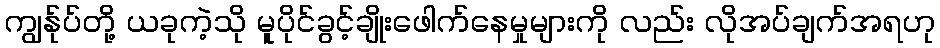
ကျွန်ုပ်တို့ ယခုကဲ့သို မူပိုင်ခွင့်ချိုးဖေါက်နေမှုများကို လည်း လိုအပ်ချက်အရဟု